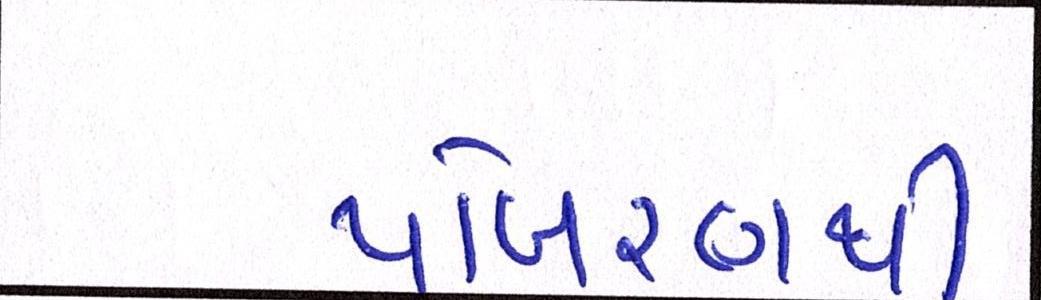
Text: પોખરણથી